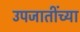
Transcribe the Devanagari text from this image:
उपजातींच्या